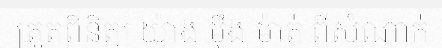
ត្រួតពិនិត្យ យ៉ាង ម៉ឹង ម៉ាត់ ពីសំណាក់